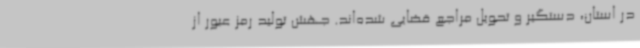
در استان، دستگیر و تحویل مراجع قضایی شده‌اند. جهش تولید رمز عبور از